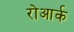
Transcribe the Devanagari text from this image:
रोआर्क